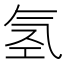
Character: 氢